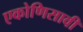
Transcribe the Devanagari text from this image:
एकोणिसावी